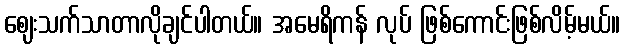
ဈေးသက်သာတာလိုချင်ပါတယ်။ အမေရိကန် လုပ် ဖြစ်ကောင်းဖြစ်လိမ့်မယ်။